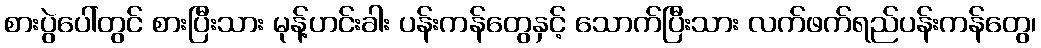
စားပွဲပေါ်တွင် စားပြီးသား မုန့်ဟင်းခါး ပန်းကန်တွေနှင့် သောက်ပြီးသား လက်ဖက်ရည်ပန်းကန်တွေ၊